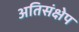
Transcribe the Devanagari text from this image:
अतिसंक्षेप